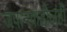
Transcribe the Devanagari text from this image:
जपानकडीलही